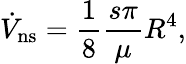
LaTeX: \dot{V}_{\mathrm{ns}}=\frac{1}{8}\frac{s\pi}{\mu}R^{4},